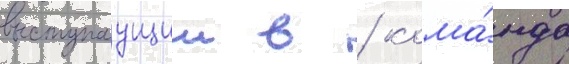
выступаущии в / кома́нда